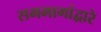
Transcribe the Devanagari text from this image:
समभागांद्वारे